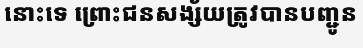
នោះទេ ព្រោះជនសង្ស័យត្រូវបានបញ្ជូន